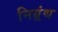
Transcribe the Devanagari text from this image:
निग्र्रंथ